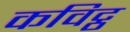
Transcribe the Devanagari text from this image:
कविट्ठ